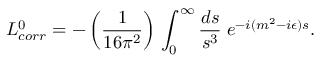
{ \cal L } _ { c o r r } ^ { 0 } = - \left( { \frac { 1 } { 1 6 \pi ^ { 2 } } } \right) \, \int _ { 0 } ^ { \infty } { \frac { d s } { s ^ { 3 } } } \; e ^ { - i ( m ^ { 2 } - i \epsilon ) s } .